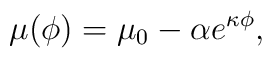
\mu(\phi) = \mu_0 - \alpha e^{\kappa \phi},